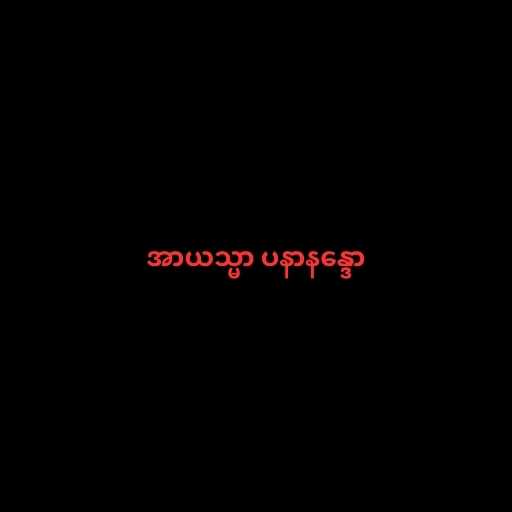
အာယသ္မာ ပနာနန္ဒော